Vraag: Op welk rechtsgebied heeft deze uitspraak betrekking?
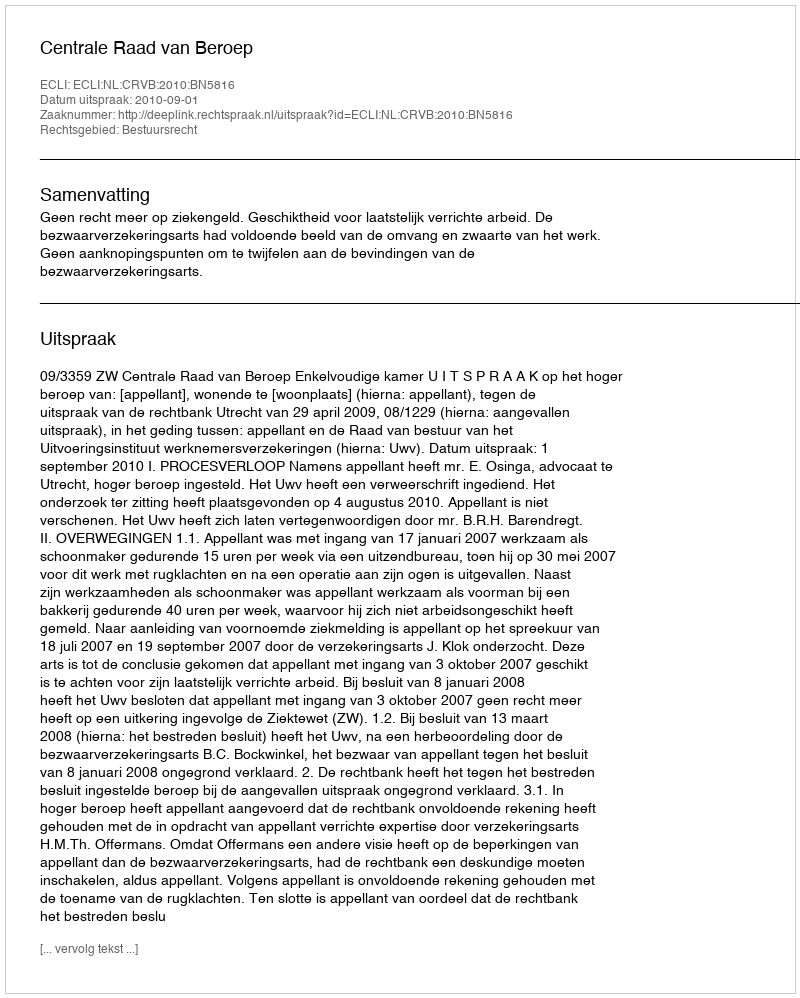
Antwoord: Bestuursrecht